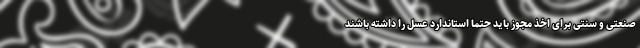
صنعتی و سنتی برای اخذ مجوز باید حتما استاندارد عسل را داشته باشند